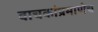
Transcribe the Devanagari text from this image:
वाचकांप्रमाणेच